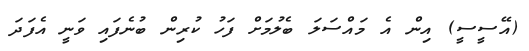
(އޭސީސީ) އިން އެ މައްސަލަ ބެލުމަށް ފަހު ކުރިން ބުނެފައި ވަނީ އެފަދަ